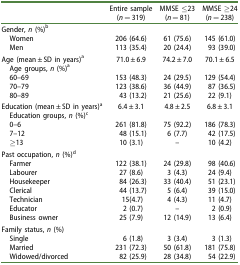
<table><thead><tr><td><b> </b></td><td><b>Entire sample (<i>n</i> = 319)</b></td><td><b>MMSE ≤23 (<i>n</i> = 81)</b></td><td><b>MMSE ≥24 (<i>n</i> = 238)</b></td></tr></thead><tbody><tr><td colspan="4">Gender, <i>n</i> (%)<sup>b</sup></td></tr><tr><td> Women</td><td>206 (64.6)</td><td>61 (75.6)</td><td>145 (61.0)</td></tr><tr><td> Men</td><td>113 (35.4)</td><td>20 (24.4)</td><td>93 (39.0)</td></tr><tr><td>Age (mean ± SD in years)<sup>a</sup></td><td>71.0 ± 6.9</td><td>74.2 ± 7.0</td><td>70.1 ± 6.5</td></tr><tr><td> Age groups, <i>n</i> (%)<sup>a</sup></td><td> </td><td> </td><td> </td></tr><tr><td> 60–69</td><td>153 (48.3)</td><td>24 (29.5)</td><td>129 (54.4)</td></tr><tr><td> 70–79</td><td>123 (38.6)</td><td>36 (44.9)</td><td>87 (36.5)</td></tr><tr><td> 80–89</td><td>43 (13.2)</td><td>21 (25.6)</td><td>22 (9.1)</td></tr><tr><td>Education (mean ± SD in years)<sup>a</sup></td><td>6.4 ± 3.1</td><td>4.8 ± 2.5</td><td>6.8 ± 3.1</td></tr><tr><td colspan="4"> Education groups, <i>n</i> (%)<sup>c</sup></td></tr><tr><td> 0–6</td><td>261 (81.8)</td><td>75 (92.2)</td><td>186 (78.3)</td></tr><tr><td> 7–12</td><td>48 (15.1)</td><td>6 (7.7)</td><td>42 (17.5)</td></tr><tr><td> ≥13</td><td>10 (3.1)</td><td>–</td><td>10 (4.2)</td></tr><tr><td colspan="4">Past occupation, <i>n</i> (%)<sup>d</sup></td></tr><tr><td> Farmer</td><td>122 (38.1)</td><td>24 (29.8)</td><td>98 (40.6)</td></tr><tr><td> Labourer</td><td>27 (8.6)</td><td>3 (4.3)</td><td>24 (9.4)</td></tr><tr><td> Housekeeper</td><td>84 (26.3)</td><td>33 (40.4)</td><td>51 (23.1)</td></tr><tr><td> Clerical</td><td>44 (13.7)</td><td>5 (6.4)</td><td>39 (15.0)</td></tr><tr><td> Technician</td><td>15(4.7)</td><td>4 (4.3)</td><td>11 (4.7)</td></tr><tr><td> Educator</td><td>2 (0.7)</td><td>–</td><td>2 (0.9)</td></tr><tr><td> Business owner</td><td>25 (7.9)</td><td>12 (14.9)</td><td>13 (6.4)</td></tr><tr><td>Family status, <i>n</i> (%)</td><td> </td><td> </td><td> </td></tr><tr><td> Single</td><td>6 (1.8)</td><td>3 (3.4)</td><td>3 (1.3)</td></tr><tr><td> Married</td><td>231 (72.3)</td><td>50 (61.8)</td><td>181 (75.8)</td></tr><tr><td> Widowed/divorced</td><td>82 (25.9)</td><td>28 (34.8)</td><td>54 (22.9)</td></tr></tbody></table>